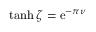
\operatorname { t a n h } \zeta = \mathrm { e } ^ { - \pi \nu }